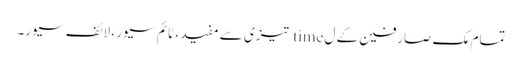
تمام مک صارفین کے ل time تیزی سے مفید ، ٹائم سیور ، لائف سیور۔